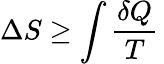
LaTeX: \Delta S\geq\int{\frac{\delta Q}{T}}\,